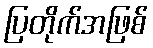
ပြတိုက်အဖြစ်